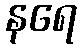
နရေ